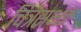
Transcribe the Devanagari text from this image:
चित्रसभई